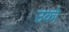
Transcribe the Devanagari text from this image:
उको